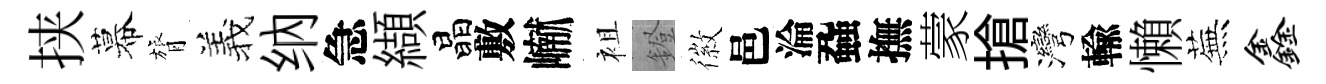
挟幕膂羲纳急纈晶敷𪩘袓鐙徽邑淪蝨撫蒙搶灣輸懶蕪鑫